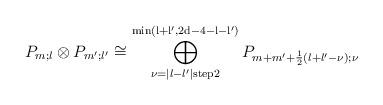
LaTeX: \begin{align*}P_{m;l} \otimes P_{m';l'} \cong \bigoplus\limits_{\nu=\vert l-l' \vert \mathrm{ step } 2}^{\mathrm{min\left( l+l',2d-4-l-l' \right)}} P_{m+m'+\frac{1}{2} \left( l+l'-\nu \right);\nu} \end{align*}